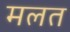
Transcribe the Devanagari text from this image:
मलत